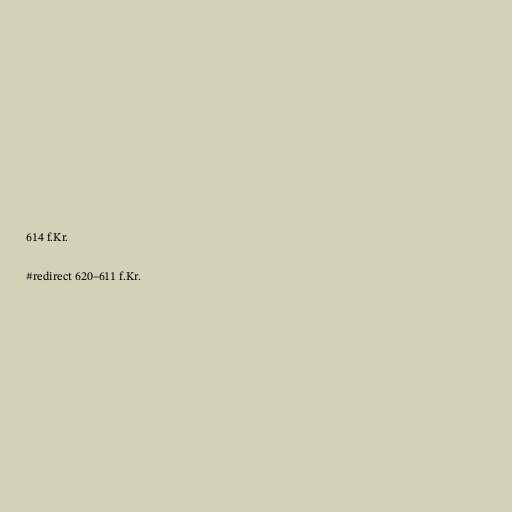
614 f.Kr.

#redirect 620–611 f.Kr.